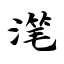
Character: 滗